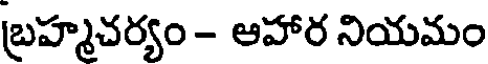
బ్రహ్మచర్యం - ఆహార నియమం